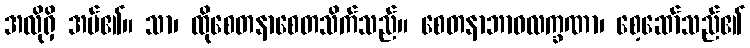
အလိုရှိ အပ်၏။ သာ၊ ထိုစေတနာစေတသိက်သည်။ စေတနာဘာဝလက္ခဏာ၊ စေ့ဆော်သည်၏